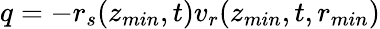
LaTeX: q=-r_{s}(z_{min},t)v_{r}(z_{min},t,r_{min})